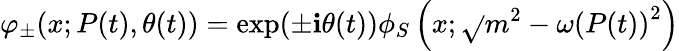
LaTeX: \varphi_{\pm}(x;P(t),\theta(t))=\exp(\pm\mathbf{i}\theta(t))\phi_{S}\left(x;\sqrt{}{{m^{2}-\omega\left(P(t)\right)^{2}}}\right)